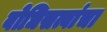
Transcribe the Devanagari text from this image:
बोधिसत्वांचा